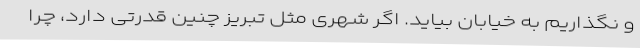
و نگذاریم به خیابان بیاید. اگر شهری مثل تبریز چنین قدرتی دارد، چرا